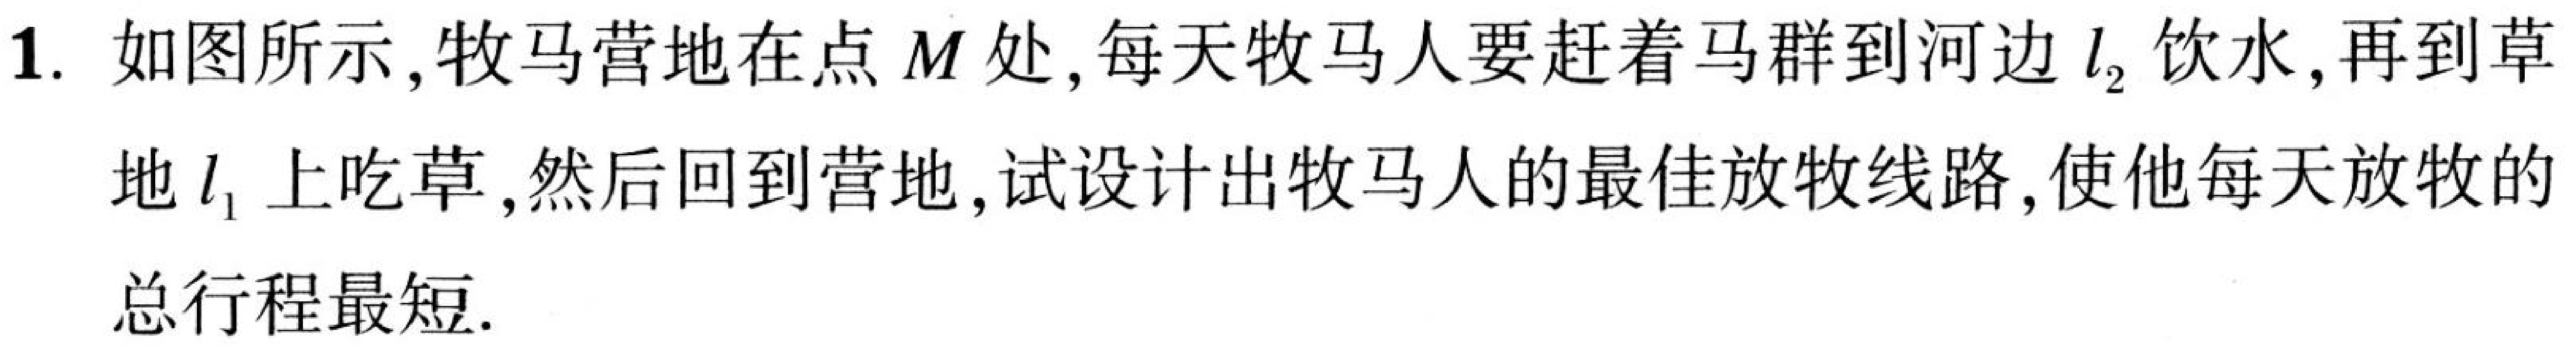
1. 如图所示，牧马营地在点 \(M\) 处，每天牧马人要赶着马群到河边 \(l_{2}\) 饮水，再到草地 \(l_{1}\) 上吃草，然后回到营地，试设计出牧马人的最佳放牧线路，使他每天放牧的总行程最短.